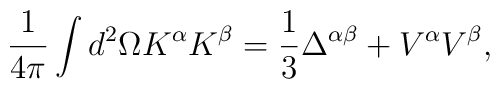
\frac{1}{4\pi}\int d^{2}\Omega K^{\alpha}K^{\beta}=\frac{1}{3}\Delta^{\alpha\beta}+V^{\alpha}V^{\beta},